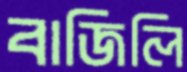
বাজিলি